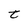
Character: t